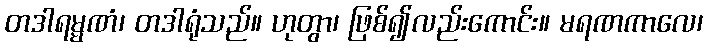
တဒါရမ္မဏံ၊ တဒါရုံသည်။ ဟုတွာ၊ ဖြစ်၍လည်းကောင်း။ မရဏကာလေ၊